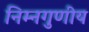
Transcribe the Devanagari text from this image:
निम्नगुणीय